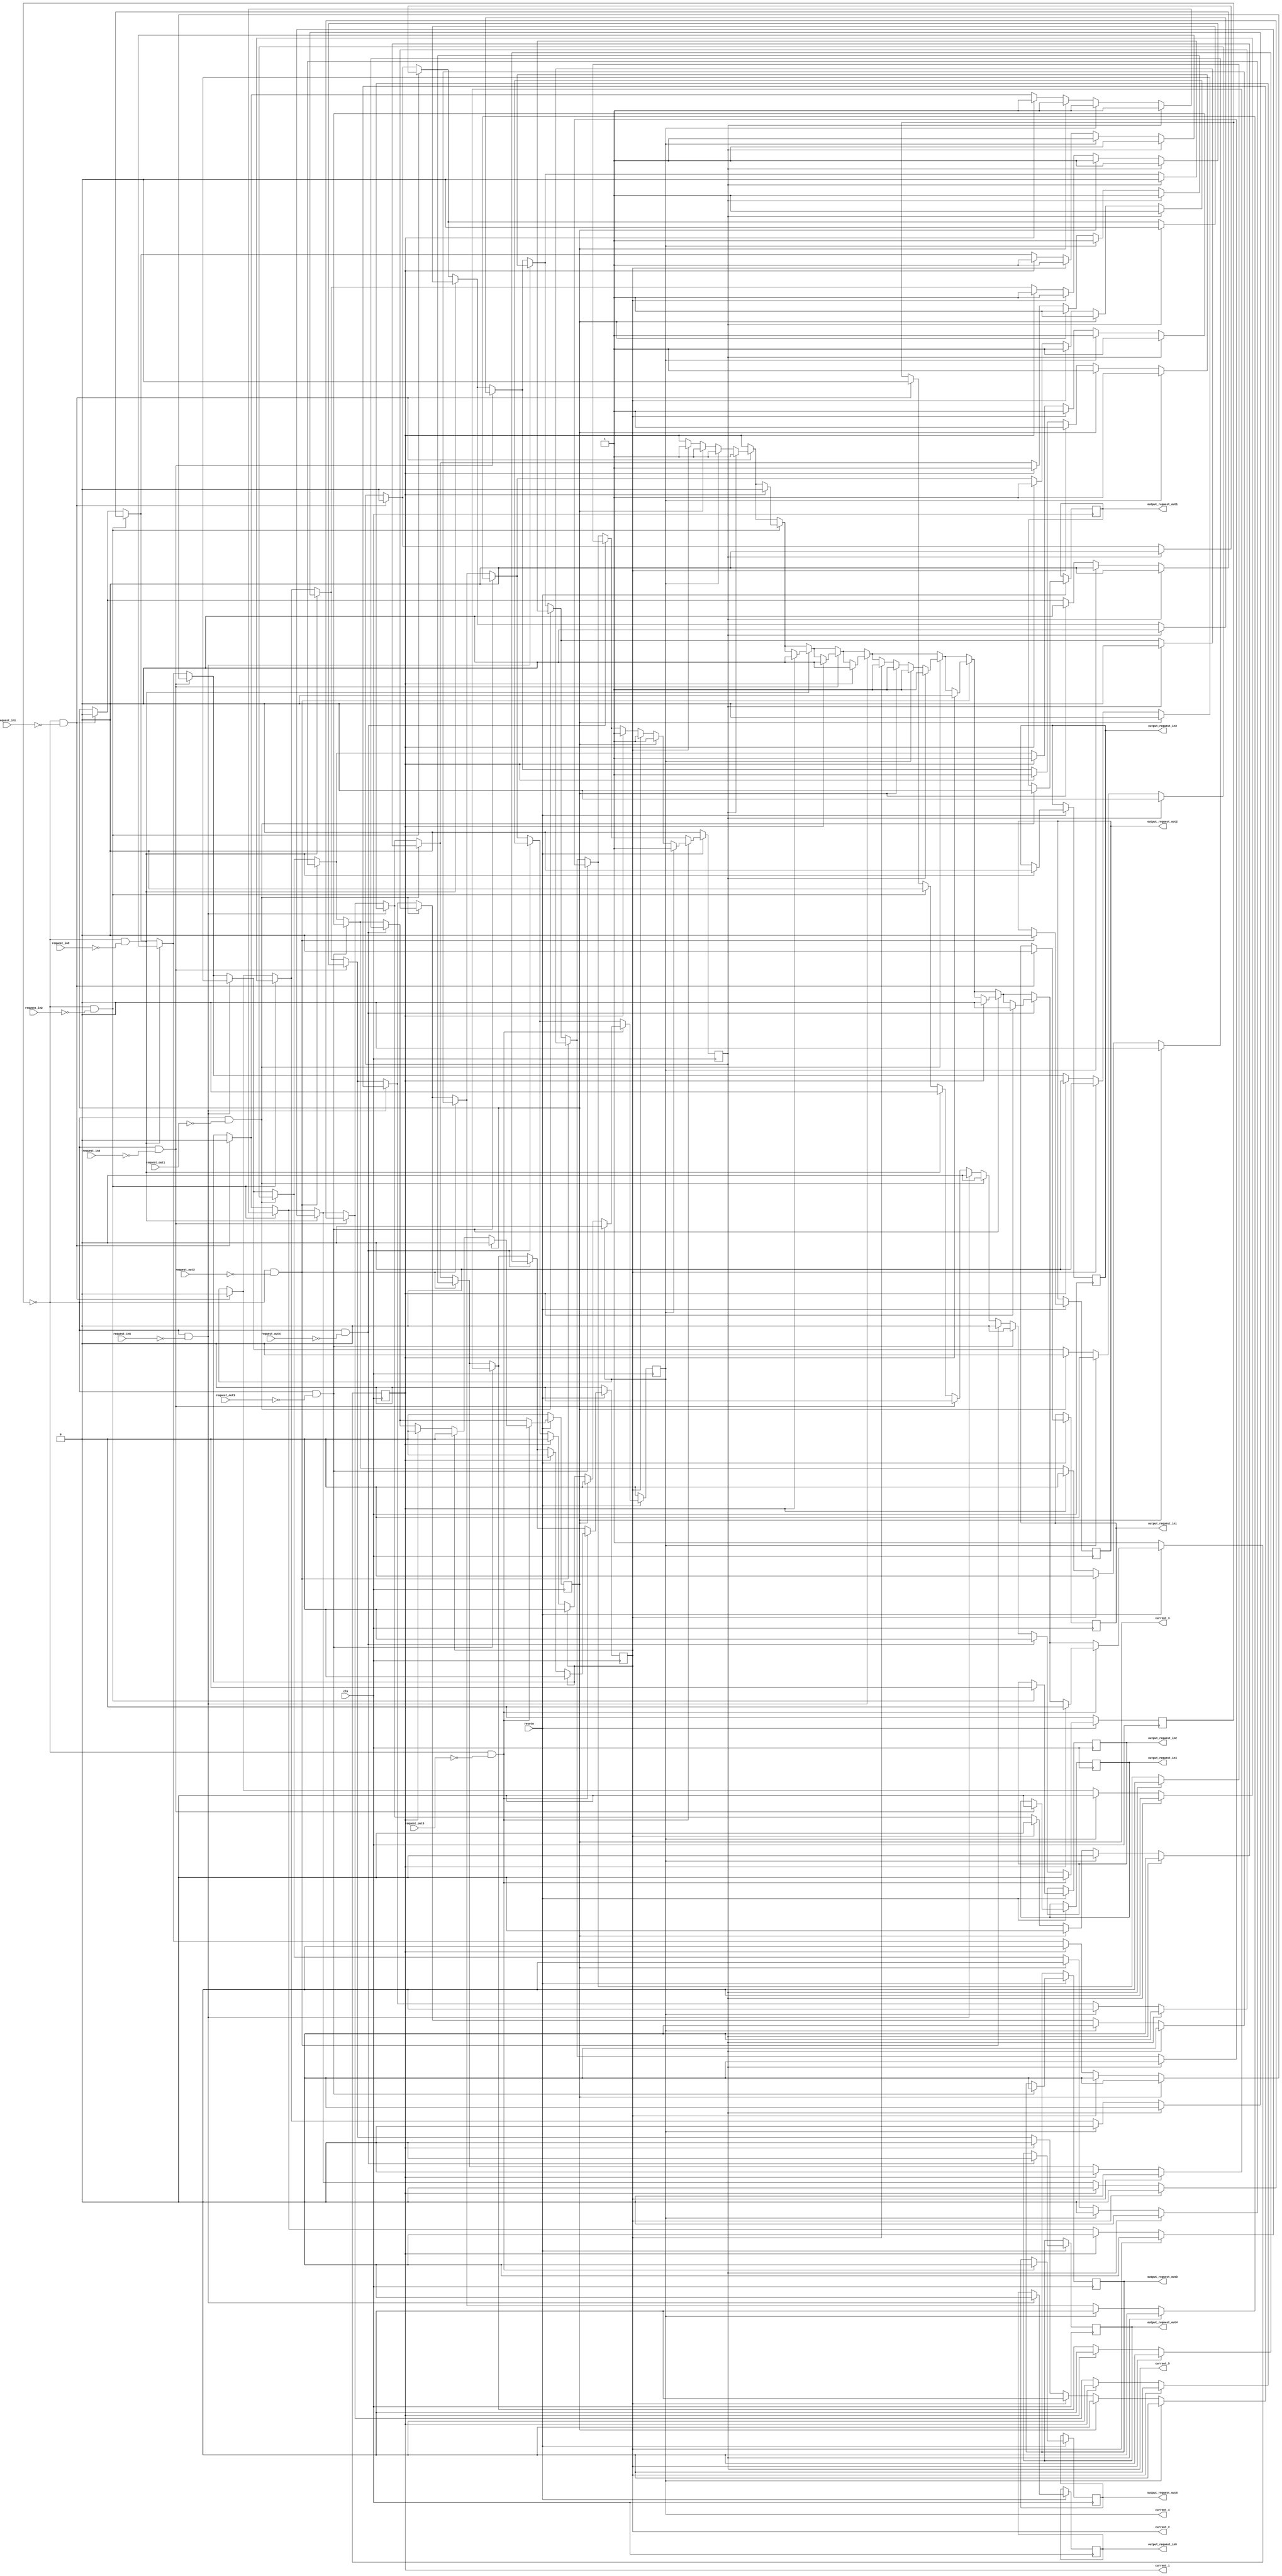
module elevator(
   input request_out1,
   input request_out2,
   input request_out3,
   input request_out4,
   input request_out5,
   input request_in1,
   input request_in2,
   input request_in3,
   input request_in4,
   input request_in5,
   input clk,
   input resetn,
   output reg current_1,
   output reg current_2,
   output reg current_3,
   output reg current_4,
   output reg current_5,
   output reg output_request_out1,
   output reg output_request_out2,
   output reg output_request_out3,
   output reg output_request_out4,
   output reg output_request_out5,
   output reg output_request_in1,
   output reg output_request_in2,
   output reg output_request_in3,
   output reg output_request_in4,
   output reg output_request_in5
);
   reg move = 0;    
   
   always @(posedge clk) begin
      if(!resetn) begin
       current_1 <= 1; current_2 <= 0; current_3 <= 0; current_4 <= 0; current_5 <= 0;
       move <= 0;
      end
      else begin
            
         if(move == 0 && request_in1 == 0) begin
         output_request_in1 <= 1;
         move <= 1;
         if(current_2 == 1) begin
         #2000000000
             current_2 <= 0;
             current_1 <= 1;
         end
			
         if(current_3 == 1) begin
           #2000000000
             current_3 <= 0;
             current_2 <= 1;
           #2000000000
             current_2 <= 0;
             current_1 <= 1;
         end
         if(current_4 == 1) begin
           #2000000000
             current_4 <= 0;
             current_3 <= 1;
           #2000000000
             current_3 <= 0;
             current_2 <= 1;
           #2000000000
             current_2 <= 0;
             current_1 <= 1;
         end
         if(current_5 == 1) begin
           #2000000000
             current_5 <= 0;
             current_4 <= 1;
           #2000000000
             current_4 <= 0;
             current_3 <= 1;
           #2000000000
             current_3 <= 0;
             current_2 <= 1;
           #2000000000
             current_2 <= 0;
             current_1 <= 1;
         end
         #5000000000
         move <= 0;
         output_request_in1 <= 0;
         end

         if(move == 0 && request_in2 == 0) begin
         output_request_in2 <= 1;
         move <= 1;
         if(current_1 == 1) begin
           #2000000000
             current_1 <= 0;
             current_2 <= 1;
         end
         if(current_3 == 1) begin
           #2000000000
             current_3 <= 0;
             current_2 <= 1;
         end
         if(current_4 == 1) begin
           #2000000000
             current_4 <= 0;
             current_3 <= 1;
           #2000000000
             current_3 <= 0;
             current_2 <= 1;
         end
         if(current_5 == 1) begin
           #2000000000
             current_5 <= 0;
             current_4 <= 1;
           #2000000000
             current_4 <= 0;
             current_3 <= 1;
           #2000000000
             current_3 <= 0;
             current_2 <= 1;
         end
         #5000000000
         move <= 0;
         output_request_in2 <= 0;
         end
      
         if(move == 0 && request_in3 == 0) begin
         output_request_in3 <= 1;
         move <= 1;
         if(current_1 == 1) begin
           #2000000000
             current_1 <= 0;
             current_2 <= 1;
           #2000000000
             current_2 <= 0;
             current_3 <= 1;
         end
         if(current_2 == 1) begin
           #2000000000
             current_2 <= 0;
             current_3 <= 1;
         end
         if(current_4 == 1) begin
           #2000000000
             current_4 <= 0;
             current_3 <= 1;
         end
         if(current_5 == 1) begin
           #2000000000
             current_5 <= 0;
             current_4 <= 1;
           #2000000000
             current_4 <= 0;
             current_3 <= 1;
         end
         #5000000000
         move <= 0;
         output_request_in3 <= 0;
         end      

         if(move == 0 && request_in4 == 0) begin
         output_request_in4 <= 1;
         move <= 1;
         if(current_1 == 1) begin
           #2000000000
             current_1 <= 0;
             current_2 <= 1;
           #2000000000
             current_2 <= 0;
             current_3 <= 1;
           #2000000000
             current_3 <= 0;
             current_4 <= 1;
         end
         if(current_2 == 1) begin
           #2000000000
             current_2 <= 0;
             current_3 <= 1;
           #2000000000
             current_3 <= 0;
             current_4 <= 1;
         end
         if(current_3 == 1) begin
           #2000000000
             current_3 <= 0;
             current_4 <= 1;
         end
         if(current_5 == 1) begin
           #2000000000
             current_5 <= 0;
             current_4 <= 1;
         end
         #5000000000
         move <= 0;
         output_request_in4 <= 0;
         end   

         if(move == 0 && request_in5 == 0) begin
         output_request_in5 <= 1;
         move <= 1;
         if(current_1 == 1) begin
           #2000000000
             current_1 <= 0;
             current_2 <= 1;
           #2000000000
             current_2 <= 0;
             current_3 <= 1;
           #2000000000
             current_3 <= 0;
             current_4 <= 1;
           #2000000000
             current_4 <= 0;
             current_5 <= 1;
         end
         if(current_2 == 1) begin
           #2000000000
             current_2 <= 0;
             current_3 <= 1;
           #2000000000
             current_3 <= 0;
             current_4 <= 1;
           #2000000000
             current_4 <= 0;
             current_5 <= 1;
         end
         if(current_3 == 1) begin
           #2000000000
             current_3 <= 0;
             current_4 <= 1;
           #2000000000
             current_4 <= 0;
             current_5 <= 1;
         end
         if(current_4 == 1) begin
           #2000000000
             current_4 <= 0;
             current_5 <= 1;
         end
         #5000000000
         move <= 0;
         output_request_in5 <= 0;
         end
         
         
         /************************************************************/
         
         if(move == 0 && request_out1 == 0) begin
         output_request_out1 <= 1;
         move <= 1;
         if(current_2 == 1) begin
         #2000000000
             current_2 <= 0;
             current_1 <= 1;
         end
			
         if(current_3 == 1) begin
           #2000000000
             current_3 <= 0;
             current_2 <= 1;
           #2000000000
             current_2 <= 0;
             current_1 <= 1;
         end
         if(current_4 == 1) begin
           #2000000000
             current_4 <= 0;
             current_3 <= 1;
           #2000000000
             current_3 <= 0;
             current_2 <= 1;
           #2000000000
             current_2 <= 0;
             current_1 <= 1;
         end
         if(current_5 == 1) begin
           #2000000000
             current_5 <= 0;
             current_4 <= 1;
           #2000000000
             current_4 <= 0;
             current_3 <= 1;
           #2000000000
             current_3 <= 0;
             current_2 <= 1;
           #2000000000
             current_2 <= 0;
             current_1 <= 1;
         end
         #5000000000
         move <= 0;
         output_request_out1 <= 0;
         end

         if(move == 0 && request_out2 == 0) begin
         output_request_out2 <= 1;
         move <= 1;
         if(current_1 == 1) begin
           #2000000000
             current_1 <= 0;
             current_2 <= 1;
         end
         if(current_3 == 1) begin
           #2000000000
             current_3 <= 0;
             current_2 <= 1;
         end
         if(current_4 == 1) begin
           #2000000000
             current_4 <= 0;
             current_3 <= 1;
           #2000000000
             current_3 <= 0;
             current_2 <= 1;
         end
         if(current_5 == 1) begin
           #2000000000
             current_5 <= 0;
             current_4 <= 1;
           #2000000000
             current_4 <= 0;
             current_3 <= 1;
           #2000000000
             current_3 <= 0;
             current_2 <= 1;
         end
         #5000000000
         move <= 0;
         output_request_out2 <= 0;
         end
      
         if(move == 0 && request_out3 == 0) begin
         output_request_out3 <= 1;
         move <= 1;
         if(current_1 == 1) begin
           #2000000000
             current_1 <= 0;
             current_2 <= 1;
           #2000000000
             current_2 <= 0;
             current_3 <= 1;
         end
         if(current_2 == 1) begin
           #2000000000
             current_2 <= 0;
             current_3 <= 1;
         end
         if(current_4 == 1) begin
           #2000000000
             current_4 <= 0;
             current_3 <= 1;
         end
         if(current_5 == 1) begin
           #2000000000
             current_5 <= 0;
             current_4 <= 1;
           #2000000000
             current_4 <= 0;
             current_3 <= 1;
         end
         #5000000000
         move <= 0;
         output_request_out3 <= 0;
         end      

         if(move == 0 && request_out4 == 0) begin
         output_request_out4 <= 1;
         move <= 1;
         if(current_1 == 1) begin
           #2000000000
             current_1 <= 0;
             current_2 <= 1;
           #2000000000
             current_2 <= 0;
             current_3 <= 1;
           #2000000000
             current_3 <= 0;
             current_4 <= 1;
         end
         if(current_2 == 1) begin
           #2000000000
             current_2 <= 0;
             current_3 <= 1;
           #2000000000
             current_3 <= 0;
             current_4 <= 1;
         end
         if(current_3 == 1) begin
           #2000000000
             current_3 <= 0;
             current_4 <= 1;
         end
         if(current_5 == 1) begin
           #2000000000
             current_5 <= 0;
             current_4 <= 1;
         end
         #5000000000
         move <= 0;
         output_request_out4 <= 0;
         end   

         if(move == 0 && request_out5 == 0) begin
         output_request_out5 <= 1;
         move <= 1;
         if(current_1 == 1) begin
           #2000000000
             current_1 <= 0;
             current_2 <= 1;
           #2000000000
             current_2 <= 0;
             current_3 <= 1;
           #2000000000
             current_3 <= 0;
             current_4 <= 1;
           #2000000000
             current_4 <= 0;
             current_5 <= 1;
         end
         if(current_2 == 1) begin
           #2000000000
             current_2 <= 0;
             current_3 <= 1;
           #2000000000
             current_3 <= 0;
             current_4 <= 1;
           #2000000000
             current_4 <= 0;
             current_5 <= 1;
         end
         if(current_3 == 1) begin
           #2000000000
             current_3 <= 0;
             current_4 <= 1;
           #2000000000
             current_4 <= 0;
             current_5 <= 1;
         end
         if(current_4 == 1) begin
           #2000000000
             current_4 <= 0;
             current_5 <= 1;
         end
         #5000000000
         move <= 0;
         output_request_out5 <= 0;
         end
			
			
			
			
      end
      
   end
   
   
endmodule